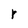
Character: r